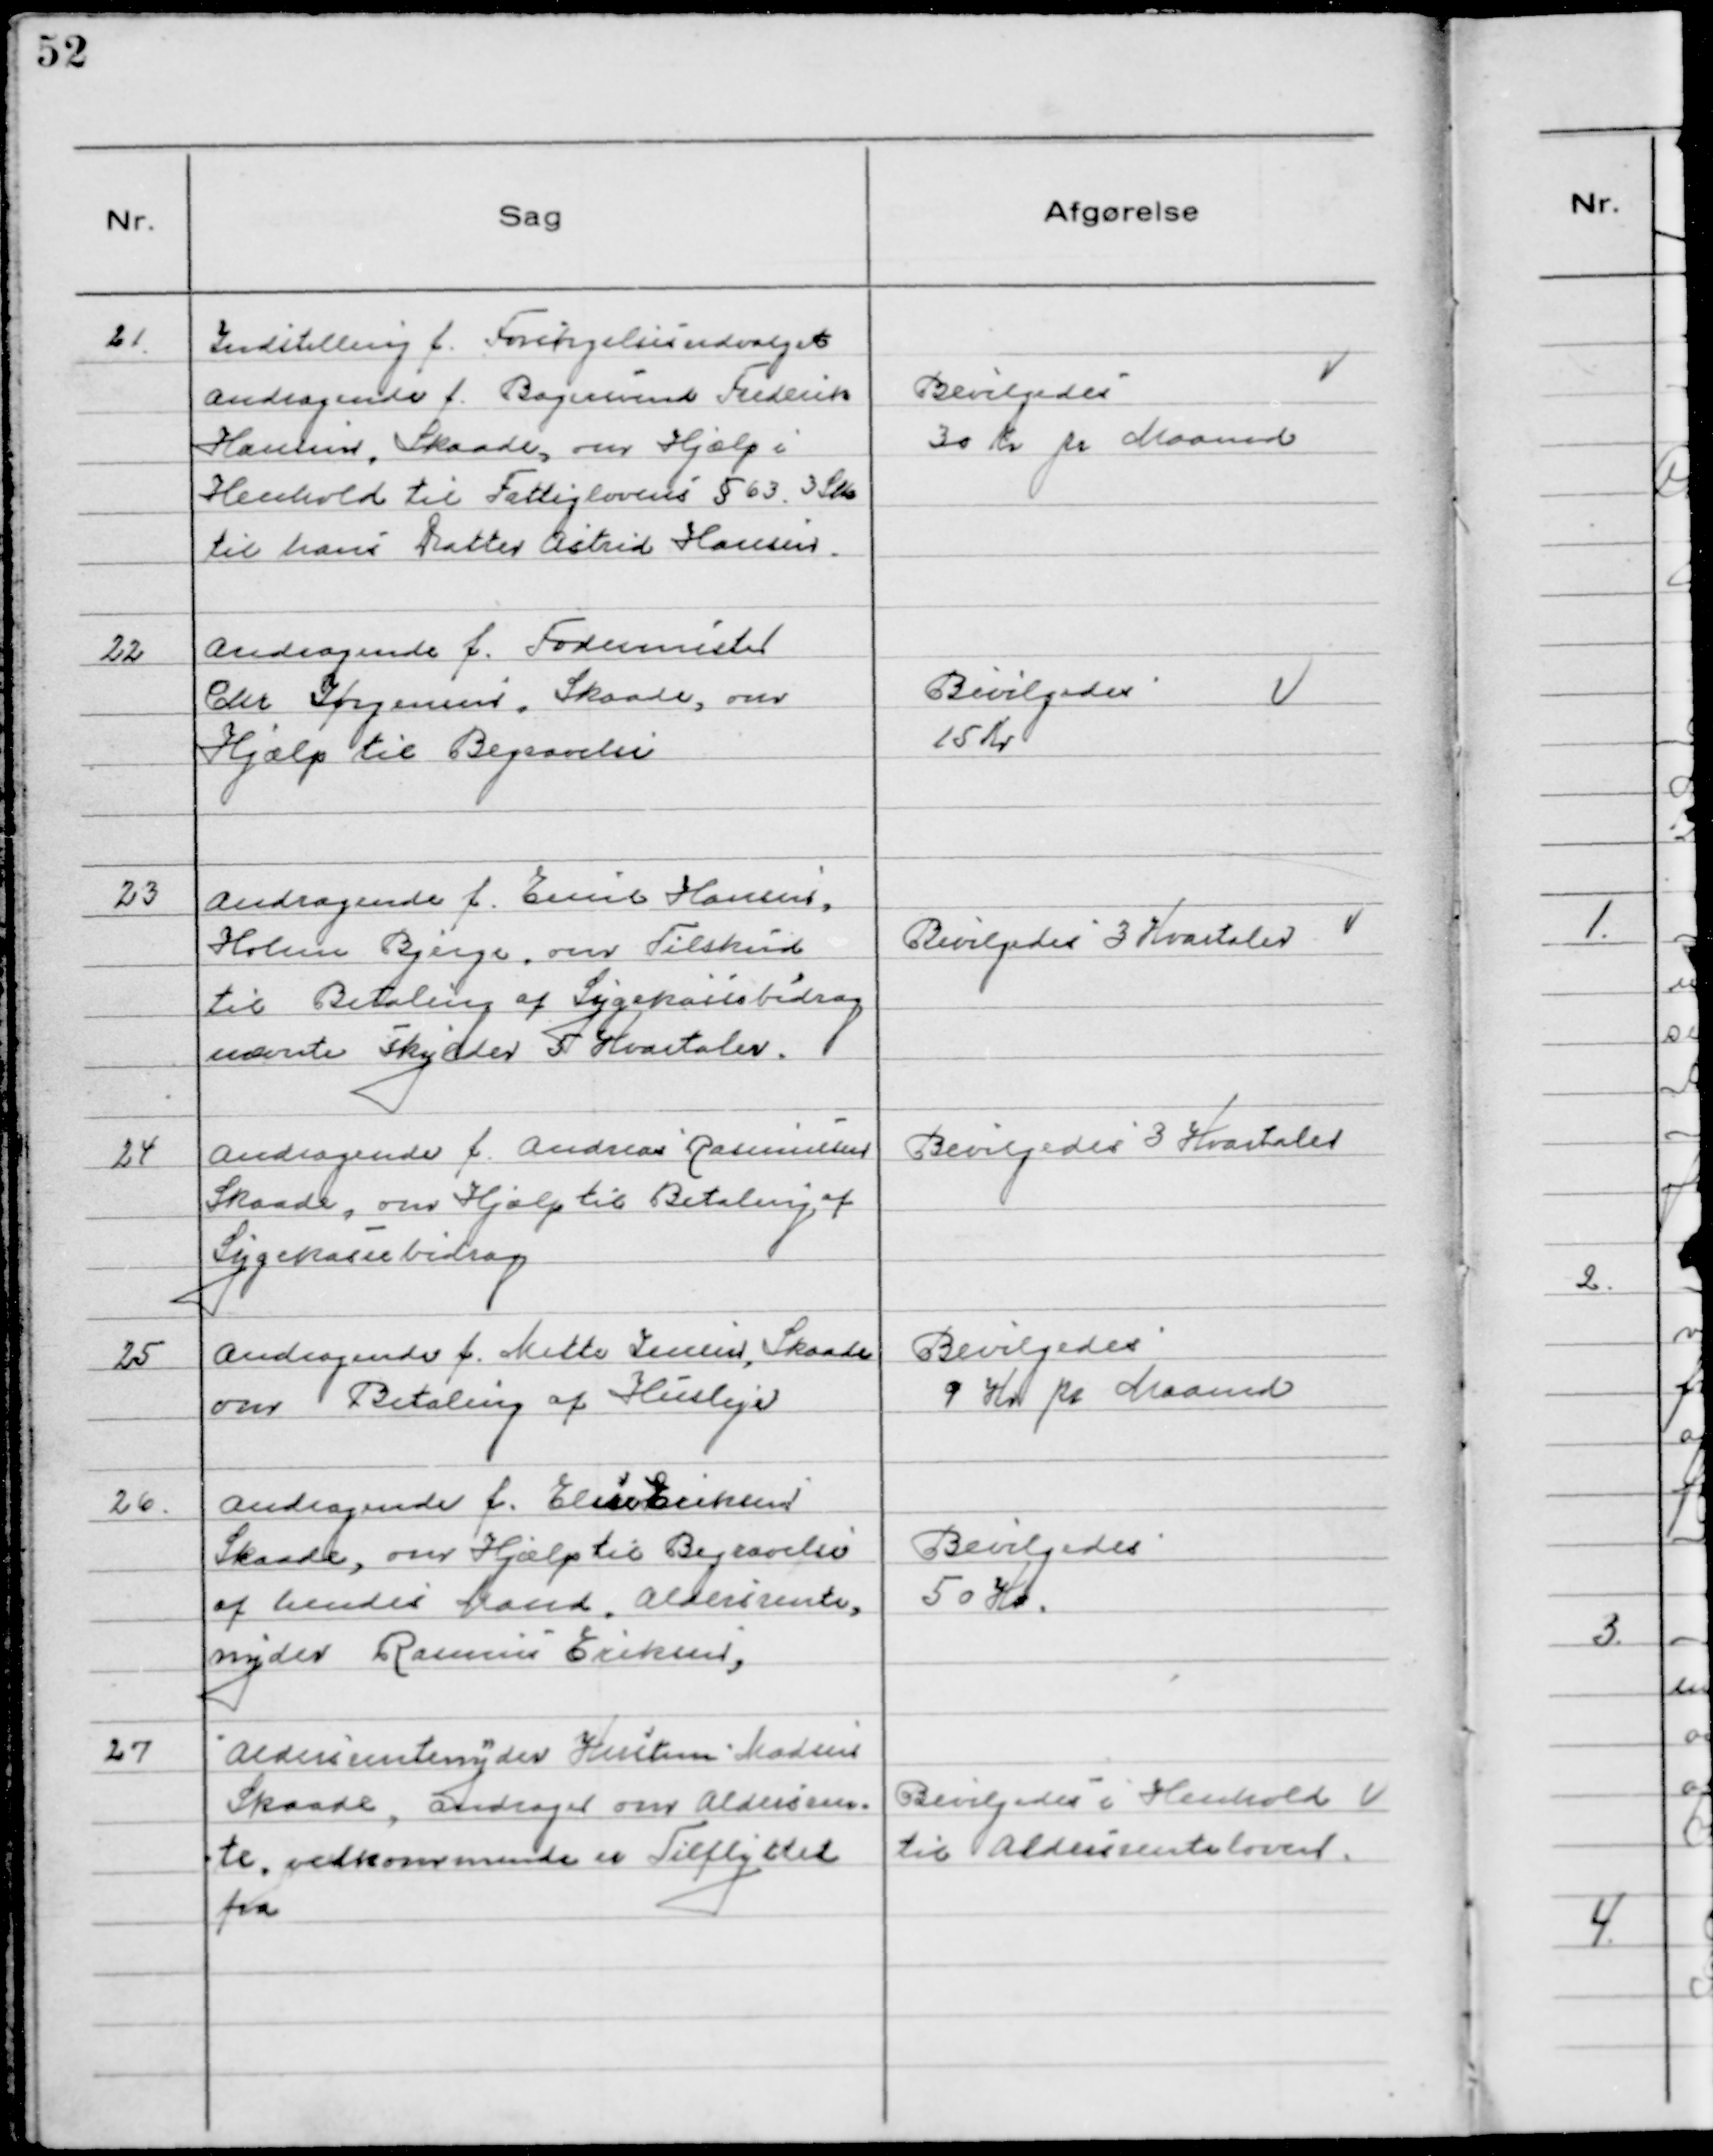
Transskription:
21. Indstilling f. Forsørgelsesudvalget
Andragende f. Bagersvend Frederik
Hansen, Skaade, om Hjælp i
Henhold til Fattiglovens § 63 3 Stk
til hans Datter Astrid Hansen.

Bevilgedes
30 Kr pr Maaned

22 Andragende f. Fodermester
Chr Jørgensen, Skaade, om
Hjælp til Begravelse

Bevilgedes
15 Kr

23 Andragende f. Emil Hansen,
Holme Bjerge, om Tilskud
til Betaling af Sygekassebidrag
nævnte skylder 5 Kvartaler.

Bevilgedes 3 Kvartaler

24 Andragende f. Andreas Rasmussen
Skaade, om Hjælp til Betaling af
Sygekassebidrag

Bevilgedes 3 Kvartaler

25 Andragende f. Mette Jensen, Skaade
om Betaling af Husleje

Bevilgedes
9 Kr pr Maaned

26. Andragende f. Elise Eriksen
Skaade, om Hjælp til Begravelse
af hendes Mand. Aldersrente,
nyder Rasmus Eriksen,

Bevilgedes
50 Kr.

27 Aldersrentenyder Kristen Madsen
Skaade, andrager om Aldersren-
te, vedkommende er Tilflyttet
fra

Bevilgedes i Henhold
til Aldersrenteloven.